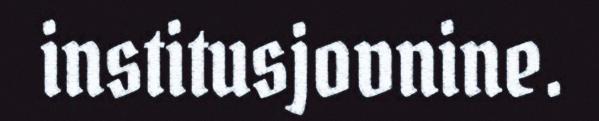
institusjovnine.